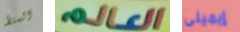
السلطه العالم إيميلى